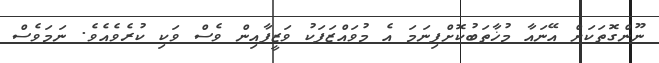
ނޫންގޮތަކަށް އޭނައާ މުޚާތަބުކޮށްފިނަމަ އެ މުވައްޒަފަކު ވަޒީފާއިން ވެސް ވަކި ކުރެވެއެވެ. ނަމަވެސް